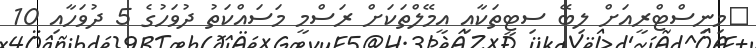
މިނިސްޓްރީއަށް ލިބޭ ސިޓީތަކާއި އީމޭލްތަކަށް ރަސްމީ މަސައްކަތު ދުވަހުގެ 5 ދުވަހާއި 10